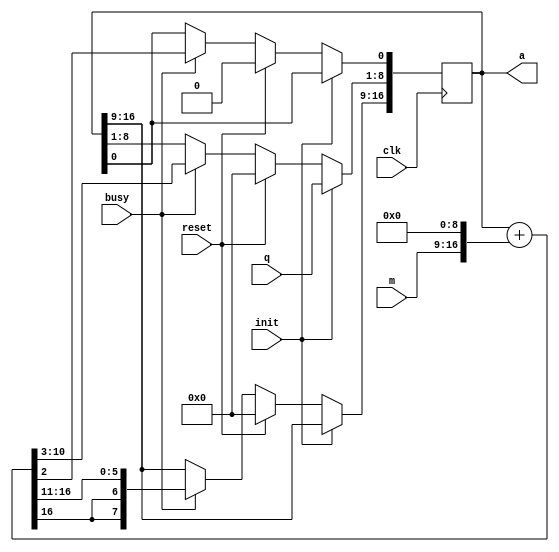
module acc(
	input [7:0]q,
	input [7:0]m,
	input clk,
	input init,
	input busy,
	input reset,
	output reg [16:0]a
);
	
	always @(posedge clk) begin
		if(init) begin
			a[8:1] <= q;
		end
		else if (reset) begin
			a <= 0;
		end
		else if (busy) begin
			a<=$signed(a+(m<<9))>>>2;
		end
	end
endmodule